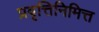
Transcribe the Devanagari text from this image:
प्रवृत्तिनिमित्त